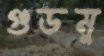
গুডমু